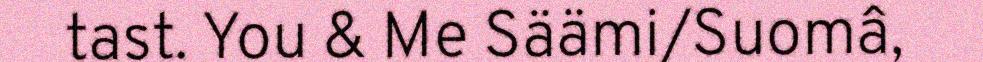
tast. You & Me Säämi/Suomâ,